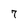
Character: 7